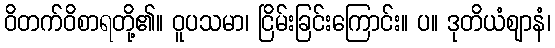
ဝိတက်ဝိစာရတို့၏။ ဝူပသမာ၊ ငြိမ်းခြင်းကြောင်း။ ပ။ ဒုတိယံဈာနံ၊